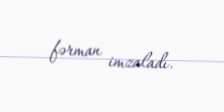
fərman imzaladı.